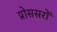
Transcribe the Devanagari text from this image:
प्रोससरों